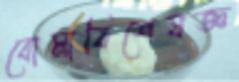
বোমাবিশেষজ্ঞ